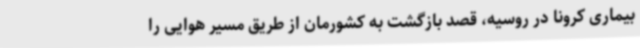
بیماری کرونا در روسیه، قصد بازگشت به کشورمان از طریق مسیر هوایی را